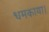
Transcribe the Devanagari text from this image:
धमकाया।